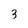
Character: 3